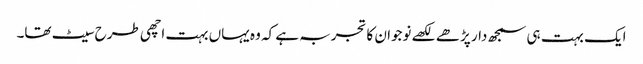
ایک بہت ہی سمجھ دار پڑھے لکھے نوجوان کا تجربہ ہے کہ وہ یہاں بہت اچھی طرح سیٹ تھا۔